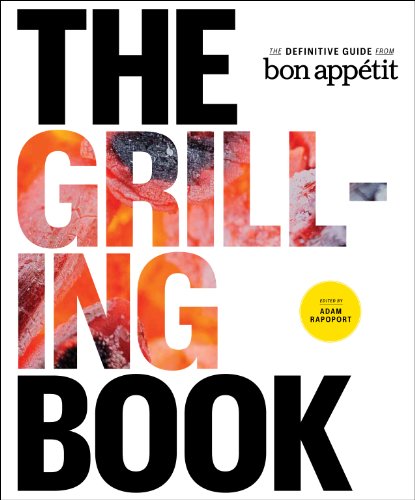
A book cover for The Grilling Book: The Definitive Guide from Bon Appetit; Cookbooks, Food & Wine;